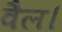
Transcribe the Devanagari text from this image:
वैल।